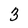
Character: 3